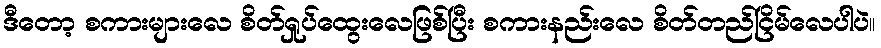
ဒီတော့ စကားများလေ စိတ်ရှုပ်ထွေးလေဖြစ်ပြီး စကားနည်းလေ စိတ်တည်ငြိမ်လေပါပဲ။